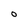
Character: O